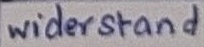
Text: widerstand